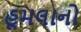
હૂમલાનો